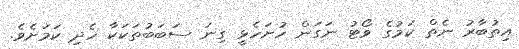
އިތުބާރު ނެތް ކަމުގެ ވޯޓު ނަގަން ހުށަހެޅީ ގިނަ ސަބަބުތަކަކާ ހެދި ކަމަށެވެ.